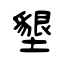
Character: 墾